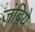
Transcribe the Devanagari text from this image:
जंबिये